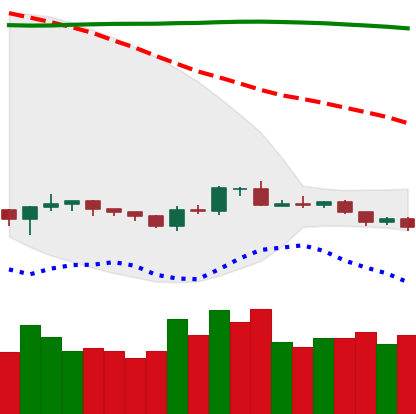
Ticker: BTC-USD
Chart end date: 2019-10-18
Forward return: -5.751%
Label: down_5_7